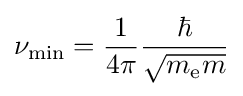
\nu _{\text{min}}={\frac {1}{4\pi }}{\frac {\hbar }{\sqrt {m_{\text{e}}m}}}